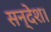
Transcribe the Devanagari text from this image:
सन्देश।